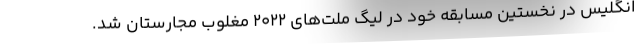
انگلیس در نخستین مسابقه خود در لیگ ملت‌های 2022 مغلوب مجارستان شد.